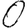
Digit: 0